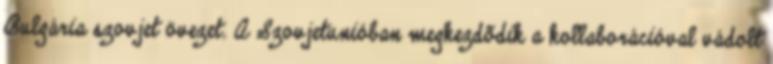
Bulgária szovjet övezet. A Szovjetunióban megkezdõdik a kollaborációval vádolt